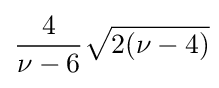
{\frac {4}{\nu -6}}{\sqrt {2(\nu -4)}}\!